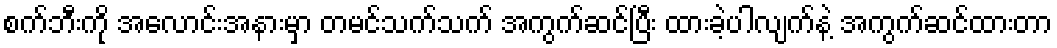
စက်ဘီးကို အလောင်းအနားမှာ တမင်သက်သက် အကွက်ဆင်ပြီး ထားခဲ့ပါလျက်နဲ့ အကွက်ဆင်ထားတာ